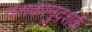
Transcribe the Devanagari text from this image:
दशकानुदशके